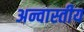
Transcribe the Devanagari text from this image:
अन्वास्तीय